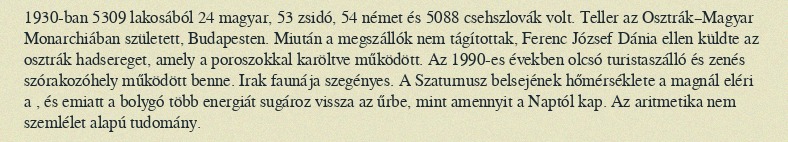
1930-ban 5309 lakosából 24 magyar, 53 zsidó, 54 német és 5088 csehszlovák volt. Teller az Osztrák–Magyar Monarchiában született, Budapesten. Miután a megszállók nem tágítottak, Ferenc József Dánia ellen küldte az osztrák hadsereget, amely a poroszokkal karöltve működött. Az 1990-es években olcsó turistaszálló és zenés szórakozóhely működött benne. Irak faunája szegényes. A Szaturnusz belsejének hőmérséklete a magnál eléri a , és emiatt a bolygó több energiát sugároz vissza az űrbe, mint amennyit a Naptól kap. Az aritmetika nem szemlélet alapú tudomány.